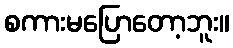
စကားမပြောတော့ဘူး။